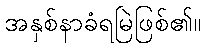
အနှစ်နာခံရမြဲဖြစ်၏။